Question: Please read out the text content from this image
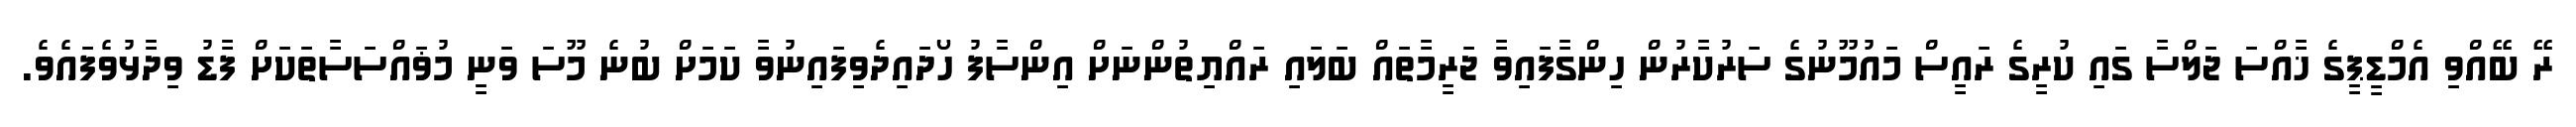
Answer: ރޭ ބޭއްވި އެމްޑީޕީގެ ޚާއްސަ ޖަލްސާ ގައި ކުރީގެ ރައީސް މައުމޫނުގެ ސަރުކާރުން ހިންގާފައިވާ ޖަރީމާތައް ބަލައި ރައްޔިތުންނަށް އިންސާފު ހޯދައިދެވިފައިނުވާ ކަމަށް ބުނެ މޫސަ ވަނީ މުޥައްސަސާތަކަށް ފާޑު ވިދާޅުވެފައެވެ.